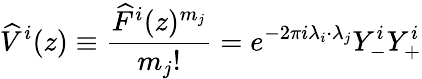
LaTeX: \widehat{V}^{i}(z)\equiv\frac{\widehat{F}^{i}(z)^{m_{j}}}{m_{j}!}=e^{-2\pi i\lambda_{i}\cdot\lambda_{j}}Y_{-}^{i}Y_{+}^{i}